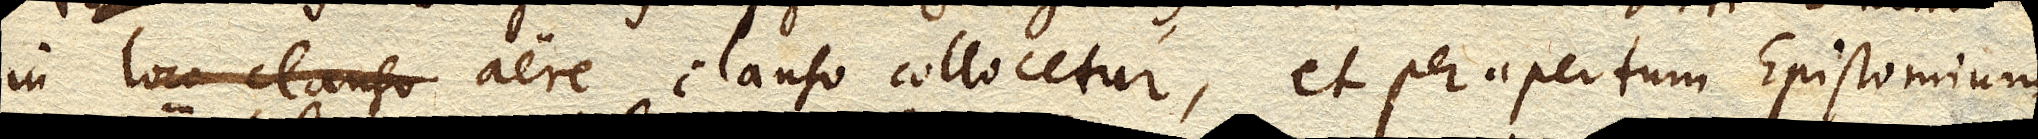
in loco clauso aere clauso collocetur, et per apertum Epistomium